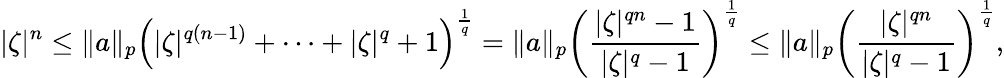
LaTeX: |\zeta|^{n}\leq\| a\| _{p}\left(|\zeta|^{q(n-1)}+\cdots+|\zeta|^{q}+1\right)^{\frac{1}{q}}=\| a\| _{p}\left({\frac{|\zeta|^{qn}-1}{|\zeta|^{q}-1}}\right)^{\frac{1}{q}}\leq\| a\| _{p}\left({\frac{|\zeta|^{qn}}{|\zeta|^{q}-1}}\right)^{\frac{1}{q}},